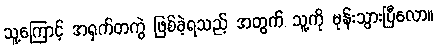
သူ့ကြောင့် အရှက်တကွဲ ဖြစ်ခဲ့ရသည့် အတွက် သူ့ကို မုန်းသွားပြီလော။